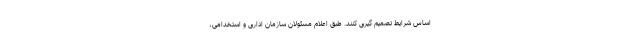
اساس شرایط تصمیم گیری کنند. طبق اعلام مسئولان سازمان اداری و استخدامی،